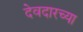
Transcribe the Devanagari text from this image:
देवदारच्या